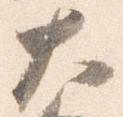
大